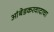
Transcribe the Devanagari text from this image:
आंबेडकरवादाचा